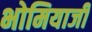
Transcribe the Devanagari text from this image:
भोमियाजी